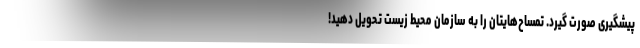
پیشگیری صورت گیرد. تمساح‌هایتان را به سازمان محیط زیست تحویل دهید!